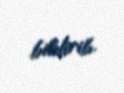
bildirib.